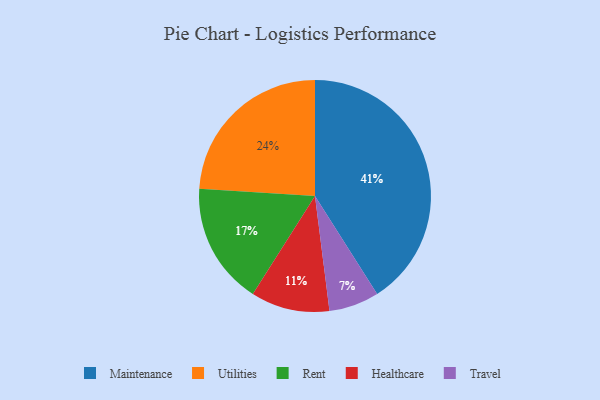
{"axis": {"x": "Category", "y": "Percentage"}, "legend": ["Healthcare", "Maintenance", "Rent", "Travel", "Utilities"], "data": [{"x": "Healthcare", "y": 11, "type": "Healthcare"}, {"x": "Rent", "y": 17, "type": "Rent"}, {"x": "Utilities", "y": 24, "type": "Utilities"}, {"x": "Travel", "y": 7, "type": "Travel"}, {"x": "Maintenance", "y": 41, "type": "Maintenance"}]}